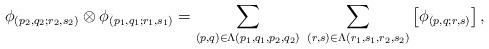
LaTeX: \begin{align*}\phi_{(p_{2},q_{2};r_{2},s_{2})}\otimes\phi_{(p_{1},q_{1};r_{1},s_{1})}= \sum_{(p,q)\in\Lambda(p_{1},q_{1},p_{2},q_{2}) } \; \sum_{(r,s)\in\Lambda(r_{1},s_{1},r_{2},s_{2}) } \left[ \phi_{(p,q;r,s)} \right] ,\end{align*}